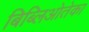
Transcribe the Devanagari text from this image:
बिब्लिओतेका